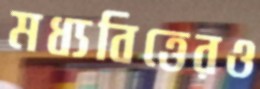
মধ্যবিত্তেরও